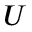
U